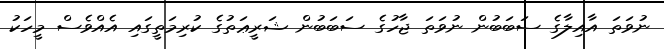
ނުވަތަ އާއިލާގެ ސަބަބުން ނުވަތަ ޖާހުގެ ސަބަބުން ޝަރީޢަތުގެ ކުރިމަތީގައި އެއްވެސް މީހަކު